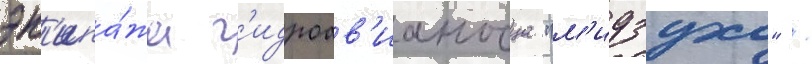
эк'ипа́жа г'идроав'ианосца "м'идзухо" /